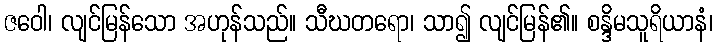
ဇဝေါ၊ လျင်မြန်သော အဟုန်သည်။ သီဃတရော၊ သာ၍ လျင်မြန်၏။ စန္ဒိမသူရိယာနံ၊